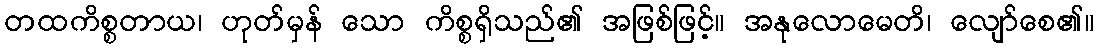
တထကိစ္စတာယ၊ ဟုတ်မှန် သော ကိစ္စရှိသည်၏ အဖြစ်ဖြင့်။ အနုလောမေတိ၊ လျော်စေ၏။